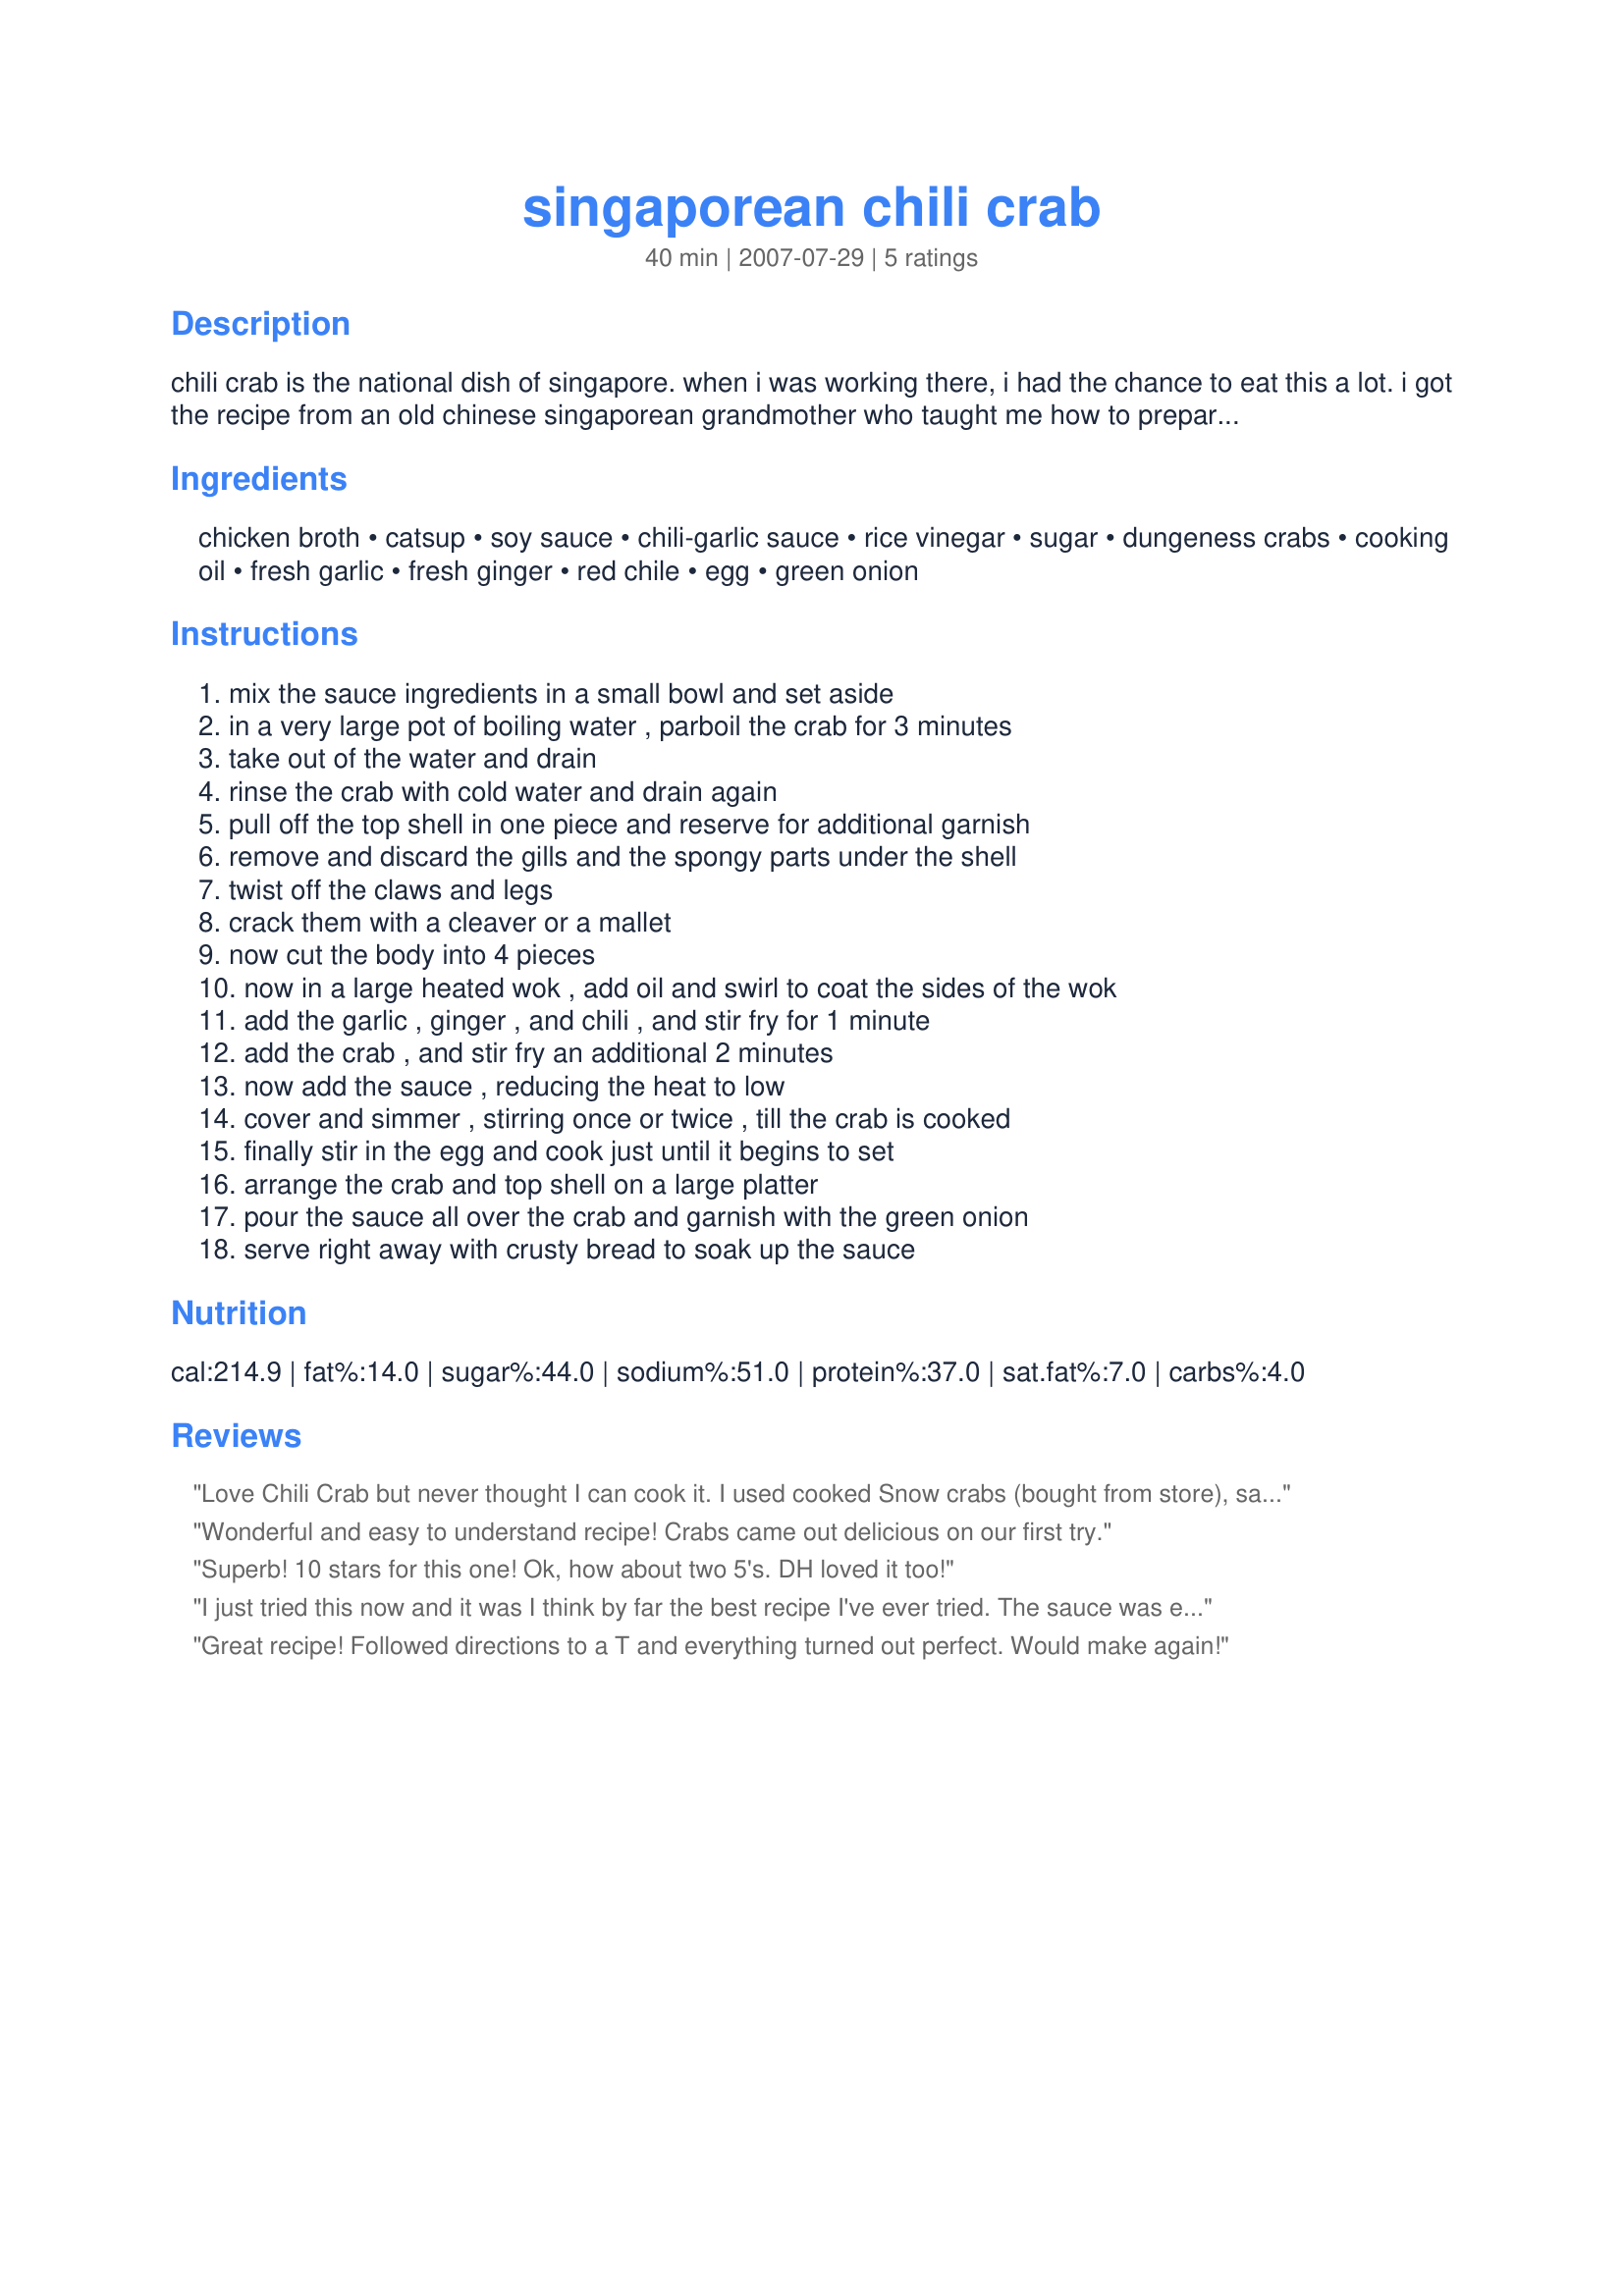
singaporean chili crab
Preparation time: 40 minutes

chili crab is the national dish of singapore. when i was working there, i had the chance to eat this a lot. i got the recipe from an old chinese singaporean grandmother who taught me how to prepare the dish. it's so great, i want to share it with all of you. this is a must try.

Ingredients:
chicken broth, catsup, soy sauce, chili-garlic sauce, rice vinegar, sugar, dungeness crabs, cooking oil, fresh garlic, fresh ginger, red chile, egg, green onion

Steps:
mix the sauce ingredients in a small bowl and set aside, in a very large pot of boiling water , parboil the crab for 3 minutes, take out of the water and drain, rinse the crab with cold water and drain again, pull off the top shell in one piece and reserve for additional garnish, remove and discard the gills and the spongy parts under the shell, twist off the claws and legs, crack them with a cleaver or a mallet, now cut the body into 4 pieces, now in a large heated wok , add oil and swirl to coat the sides of the wok, add the garlic , ginger , and chili , and stir fry for 1 minute, add the crab , and stir fry an additional 2 minutes, now add the sauce , reducing the heat to low, cover and simmer , stirring once or twice , till the crab is cooked, finally stir in the egg and cook just until it begins to set, arrange the crab and top shell on a large platter, pour the sauce all over the crab and garnish with the green onion, serve right away with crusty bread to soak up the sauce

Reviews:
Love Chili Crab but never thought I can cook it. I used cooked Snow crabs (bought from store), save my time on boiling the crabs. Just cooked the sauce. Used regular chili sauce and distilled white venegar. Taste as good as the restaurants'.
Wonderful and easy to understand recipe! Crabs came out delicious on our first try.
Superb! 10 stars for this one! Ok, how about two 5's. DH loved it too!
I just tried this now and it was I think by far the best recipe I've ever tried.

The sauce was excellent. I can't believe I was able to cook it with just following the instructions verbatim. I never taste tested it while it was cooking and just followed the instructions blindly. My husband can't get enough of it during lunch!
Great recipe! Followed directions to a T and everything turned out perfect. Would make again!
